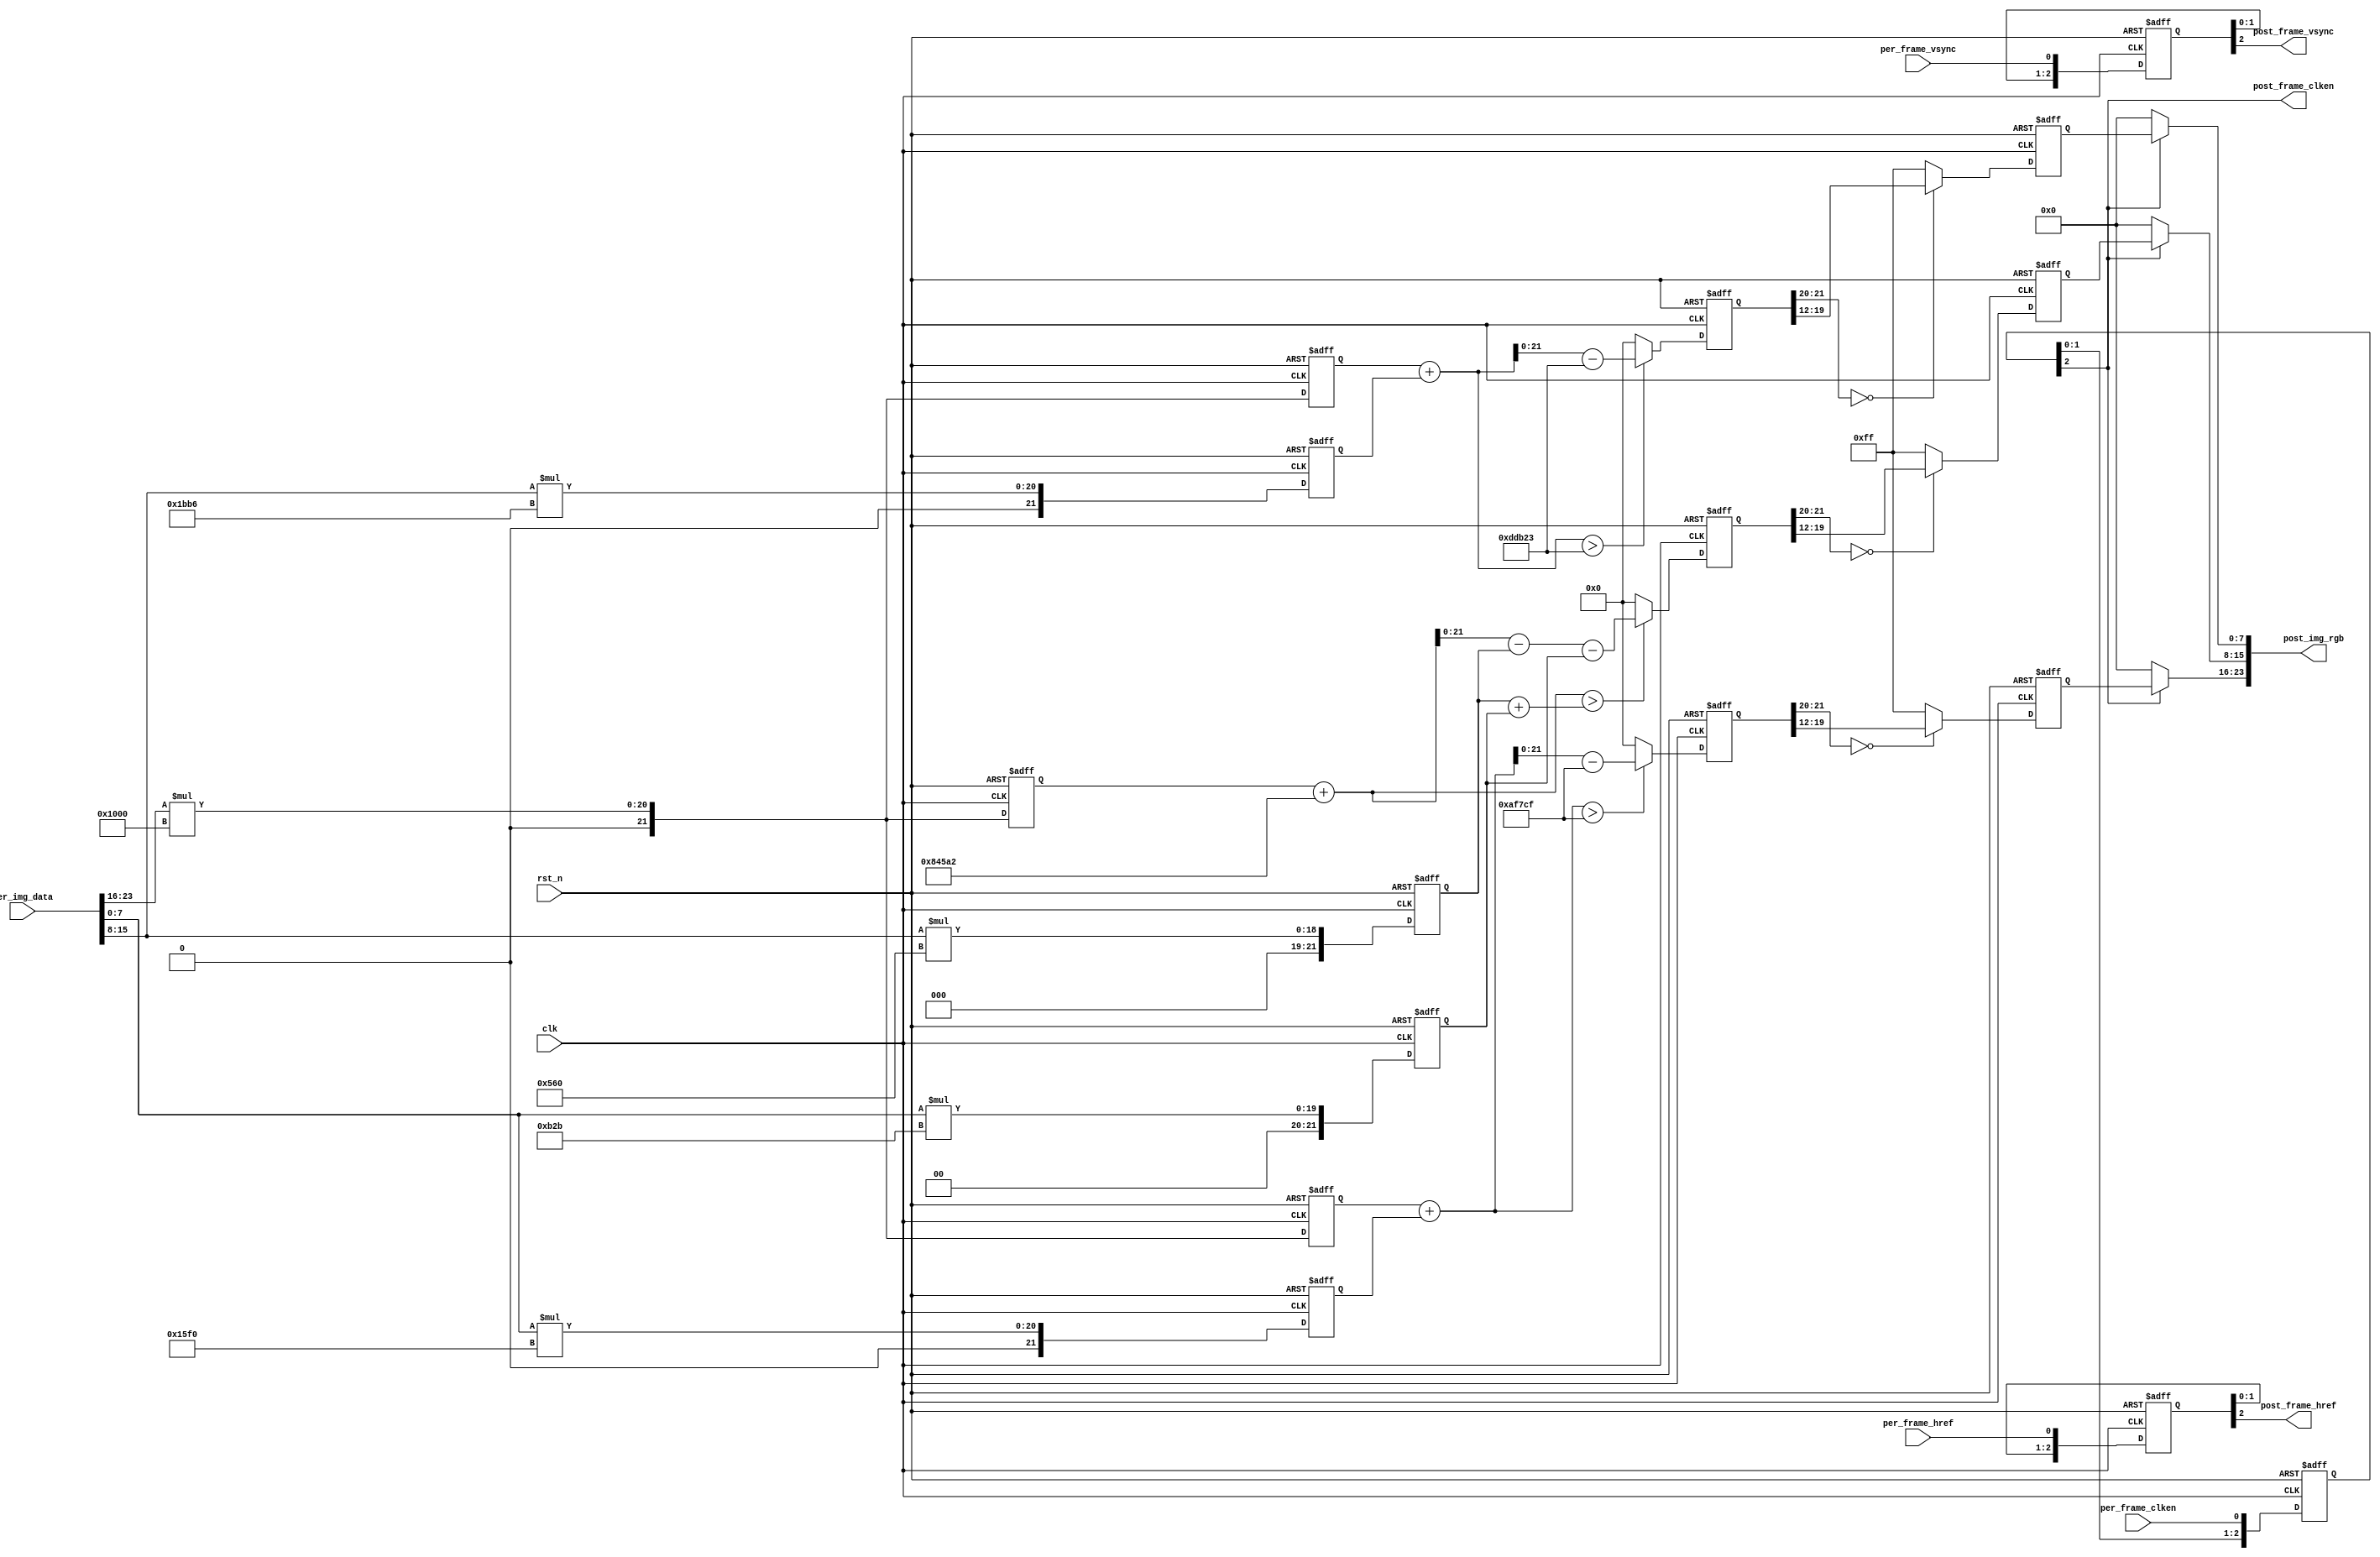
module VIP_YCbCr444_RGB888
(
	//global clock
	input				clk,  				//cmos video pixel clock
	input				rst_n,				//global reset

	//Image data prepred to be processd
	input				per_frame_vsync,	//Prepared Image data vsync valid signal
	input				per_frame_href,		//Prepared Image data href vaild  signal
	input				per_frame_clken,	//Prepared Image data output/capture enable clock	
	input 		[23:0]  per_img_data,
	//Image data has been processd
	output				post_frame_vsync,	//Processed Image data vsync valid signal
	output				post_frame_href,	//Processed Image data href vaild  signal
	output				post_frame_clken,	//Processed Image data output/capture enable clock	
	output  	[23:0]	post_img_rgb
);
wire [7:0] per_y ;
wire [7:0] per_cb;
wire [7:0] per_cr ;
wire [7:0] post_img_r;
wire [7:0] post_img_g;
wire [7:0] post_img_b;
assign	per_y = per_img_data[23:16];
assign	per_cb = per_img_data[15:8];
assign	per_cr = per_img_data[7:0];
assign  post_img_rgb = {post_img_r,post_img_g,post_img_b};


/***************************************parameters*******************************************/

//Step 1
reg	[21:0]	img_y_r0,	img_y_r1,	img_y_r2;	
reg	[21:0]	img_cb_r0,	img_cb_r1,	img_cb_r2; 
reg	[21:0]	img_cr_r0,	img_cr_r1,	img_cr_r2; 
always@(posedge clk or negedge rst_n)
begin
	if(!rst_n)
		begin
		img_y_r0		<=	0;
		img_y_r1		<=	0;
		img_y_r2		<=	0;
		img_cb_r0	    <=	0;
		img_cb_r1	    <=	0;
		img_cb_r2	    <=	0;
		img_cr_r0		<=	0;
		img_cr_r1		<=	0;
		img_cr_r2		<=	0;
		end
	else
		begin
		img_y_r0		<=	per_y   *   'd4096;
		img_cr_r0		<=	per_cr	* 	'd5616;

		img_y_r1		<=	per_y   *   'd4096;
		img_cb_r1	    <=	per_cb 	* 	'd1376;
		img_cr_r1		<=	per_cr	* 	'd2859;

		img_y_r2		<=	per_y   *   'd4096;
		img_cb_r2	    <=	per_cb 	* 	'd7094;
		end
end

//--------------------------------------------------
//Step 2
reg	[21:0]	img_r_r0;	
reg	[21:0]	img_g_r0; 
reg	[21:0]	img_b_r0; 
always@(posedge clk or negedge rst_n)
begin
	if(!rst_n)
		begin
		img_r_r0	<=	0;
		img_g_r0	<=	0;
		img_b_r0	<=	0;
		end
	else
		begin
		img_r_r0	<=	((img_y_r0 + img_cr_r0)>'d718799) ? img_y_r0 + img_cr_r0 - 'd718799 : 'd0;//0
		img_g_r0	<=	((img_y_r1 + 'd542114)>(img_cb_r1 + img_cr_r1)) ? (img_y_r1 +  'd542114 - img_cb_r1 - img_cr_r1) : 'd0;
		img_b_r0	<=	((img_y_r2 + img_cb_r2)>'d908067) ? img_y_r2 + img_cb_r2 - 'd908067 : 'd0;
		end
end

//--------------------------------------------------
//Step 3
reg	[7:0]	img_r_r1;	
reg	[7:0]	img_g_r1; 
reg	[7:0]	img_b_r1;

// assign  img_r_r1 = img_r_r0[21:20]!=2'b00 ? 8'hff : img_r_r0[19:12];
// assign  img_g_r1 = img_g_r0[21:20]!=2'b00 ? 8'hff : img_g_r0[19:12];
// assign  img_b_r1 = img_b_r0[21:20]!=2'b00 ? 8'hff : img_b_r0[19:12];//

always@(posedge clk or negedge rst_n)
begin
    if(!rst_n)
        begin
        img_r_r1	<=	0;
        img_g_r1	<=	0;
        img_b_r1	<=	0;
        end
    else
        begin
        img_r_r1	<=	(img_r_r0[21:20]==2'b00) ? img_r_r0[19:12] : 8'hff;
        img_g_r1	<=	(img_g_r0[21:20]==2'b00) ? img_g_r0[19:12] : 8'hff;
        img_b_r1	<=	(img_b_r0[21:20]==2'b00) ? img_b_r0[19:12] : 8'hff; 
        end
end

//------------------------------------------
//lag 3 clocks signal sync  
reg	[2:0]	per_frame_vsync_r;
reg	[2:0]	per_frame_href_r;
reg	[2:0]	per_frame_clken_r;
always@(posedge clk or negedge rst_n)
begin
    if(!rst_n)
        begin
            per_frame_vsync_r <= 0;
            per_frame_href_r <= 0;
            per_frame_clken_r <= 0;
        end
    else
        begin
            per_frame_vsync_r   <=  {per_frame_vsync_r[1:0],    per_frame_vsync};
            per_frame_href_r    <=  {per_frame_href_r [1:0],     per_frame_href};
            per_frame_clken_r   <=  {per_frame_clken_r[1:0],    per_frame_clken};
        end
end
assign  post_frame_vsync    =   per_frame_vsync_r[2];
assign  post_frame_href     =   per_frame_href_r [2];
assign  post_frame_clken    =   per_frame_clken_r[2];
assign  post_img_r =   post_frame_clken ? img_r_r1: 8'd0;
assign  post_img_g =   post_frame_clken ? img_g_r1: 8'd0;
assign  post_img_b =   post_frame_clken ? img_b_r1: 8'd0;
endmodule